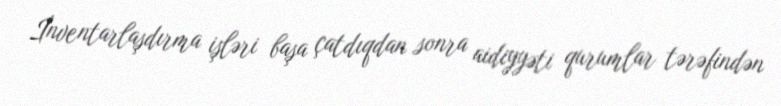
İnventarlaşdırma işləri başa çatdıqdan sonra aidiyyəti qurumlar tərəfindən